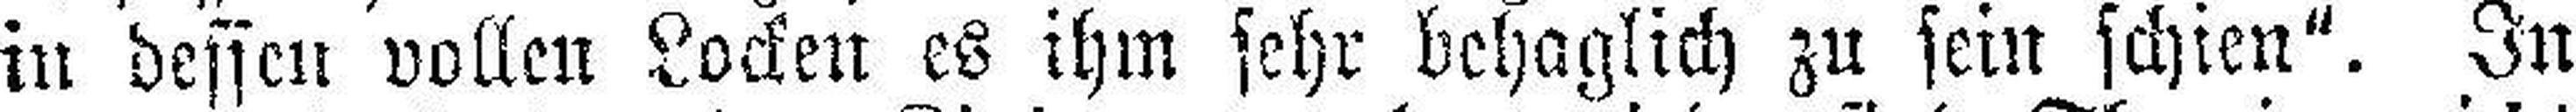
in dessen vollen Locken es ihm sehr behaglich zu sein schien“. In